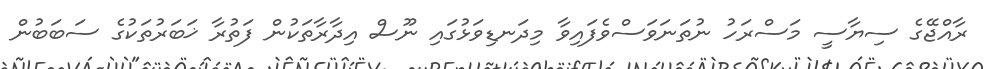
ރާއްޖޭގެ ސިޔާސީ މަސްރަހު ނުތަނަވަސްވެފައިވާ މިދަނޑިވަޅުގައި ނޫސް އިދާރާތަކުން ފަތުރާ ޚަބަރުތަކުގެ ސަބަބުން